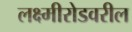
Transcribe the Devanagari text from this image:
लक्ष्मीरोडवरील